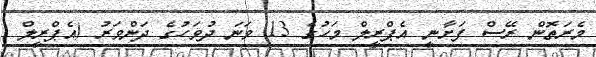
މެރަތޮން ރޭސް ފަށާނީ އެޕްރީލް މަހުގެ 13 ވަނަ ދުވަހުގެ ދަންވަރު (އެޕްރީލް